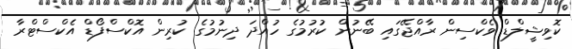
ކޮވިޝީލްޑް ވެކްސިން ރާއްޖޭގައި ބޭނުން ކުރުމުގެ ހުއްދަ ދިނުމުގެ ކުރިން އޮކްސްފޯޑް އެކްސްޓްރާ